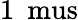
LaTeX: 1\: \mathrm{\ mus}